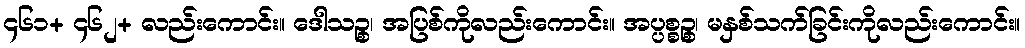
၄၆၁+ ၄၆၂+ လည်းကောင်း။ ဒေါသဉ္စ၊ အပြစ်ကိုလည်းကောင်း။ အပ္ပစ္စဉ္စ၊ မနှစ်သက်ခြင်းကိုလည်းကောင်း။